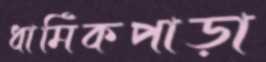
ধার্মিকপাড়া